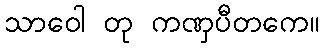
သာဝေါ တု ကဏှပီတကေ။